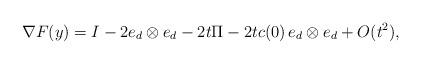
LaTeX: \begin{align*}\nabla F (y) = I - 2 e_d \otimes e_d - 2t \Pi - 2 t c(0) \, e_d \otimes e_d + O(t^2), \end{align*}